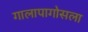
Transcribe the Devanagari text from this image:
गालापागोसला